system: You are a helpful assistant.
user:
Analyze the provided spectrum to determine if it is a **S-type Star**.

- **Key Indicators for S-type Star:**

    - **(Overall Spectrum Shape):** The first and most obvious characteristic is the overall continuum (the "baseline" shape). It is **extremely "red-sloping,"** meaning the flux (light intensity) is very low on the left side (blue, ~4000-4500 Å) and rises steeply and continuously toward the right side (red, ~7000 Å+).

    - **(Primary):** The spectrum is defined by the presence of strong, broad molecular absorption "valleys" (bands) from **Zirconium Oxide (ZrO)**. The identification of these bands is the **primary requirement** for classifying a star as S-type.
        - **(Key Bandheads):** You must find distinct, deep "dips" where the light has been absorbed. The most critical band systems to locate are:
            - **~6474 Å** ($\gamma$-system): This is often the strongest and clearest ZrO feature, found in the red part of the spectrum.
            - **~5718 Å** & **~5551 Å** ($\beta$-system): A pair of prominent absorption features in the yellow-orange part of the spectrum.
            - **~4640 Å** ($\alpha$-system): A key absorption band system in the blue-green region of the spectrum.

    - **(Secondary Confirmation):** The classification is strengthened by finding additional absorption bands from other related heavy element oxides, which are expected to be present alongside ZrO.
        - **(Key Bandheads):**
            - **Yttrium Oxide (YO):** Look for absorption dips near **~4800 Å** and **~6100 Å**.
            - **Lanthanum Oxide (LaO):** Additional absorption features, particularly in the red-orange part of the spectrum, are also characteristic.

    - **(Line Profile):** The combination of the steep red continuum and these numerous, deep molecular bands (ZrO, YO, etc.) gives the entire spectrum a very **"chopped-up"** or **"bumpy"** appearance. Instead of a smooth curve, the spectrum looks as though large, wide chunks of light have been "carved out" of it at the specific wavelengths listed above.

Think first, call **spectral_visualization_tool** if needed to examine features in detail, then provide your final answer. Your response must adhere to the following strict rules:
1.  **Overall Structure:** Your response must follow the format `<think>...</think> <tool_call>...</tool_call> (if a tool is used) <answer>...</answer>`.
2.  **Tool Usage Constraint:** You may only make **one** tool call per turn.
3.  **Final Answer Format:** In the `<answer>` tag, your conclusion must be inside a `\boxed{}` command (e.g., `\boxed{YES}` or `\boxed{NO}`), followed by your justification.

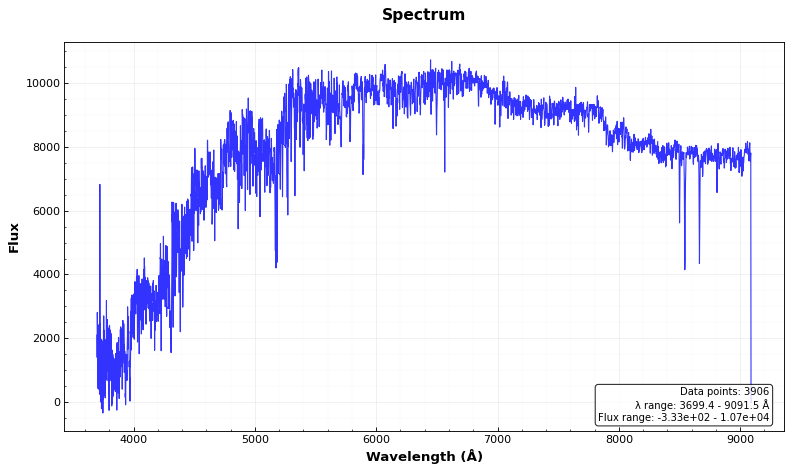
Answer: NO